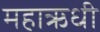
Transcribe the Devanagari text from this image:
महाऋधी